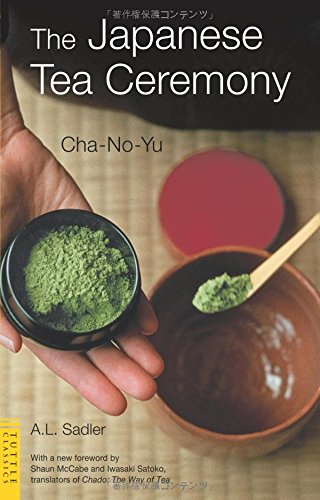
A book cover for The Japanese Tea Ceremony: Cha-No-Yu (Tuttle Classics); A. L. Sadler; Cookbooks, Food & Wine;